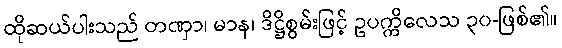
ထိုဆယ်ပါးသည် တဏှာ၊ မာန၊ ဒိဋ္ဌိစွမ်းဖြင့် ဥပက္ကိလေသ ၃၀-ဖြစ်၏။